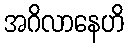
အဂိလာနေဟိ